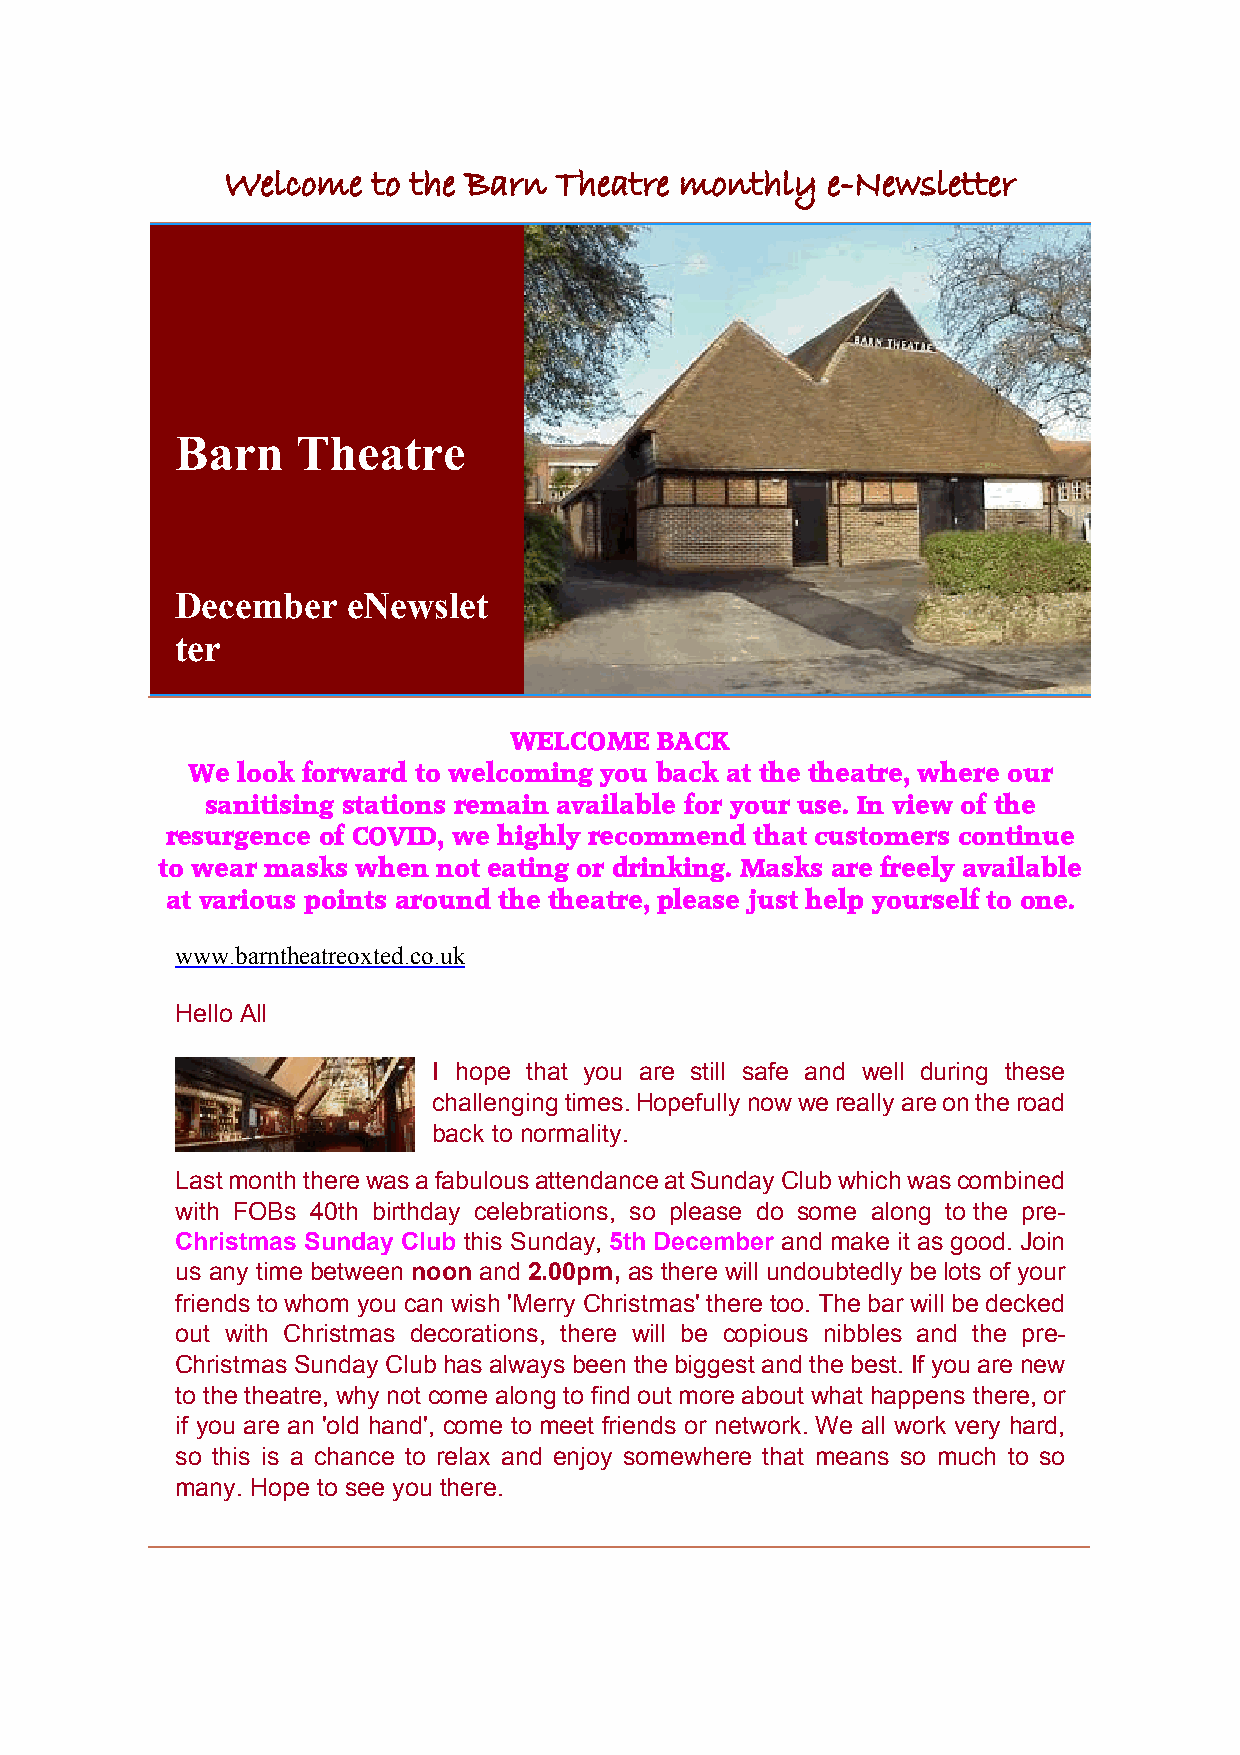
Welcome   to the Barn Theatre monthly   e-Newsletter
 Barn    Theatre
 December   eNewslet
 ter
 WELCOME  BACK
 We  look forward to welcoming you back at the theatre, where our
 sanitising stations remain available for your use. In view of the
 resurgence of COVID, we highly recommend that customers continue
 to wear masks when not eating or drinking. Masks are freely available
 at various points around the theatre, please just help yourself to one.
 www.barntheatreoxted.co.uk
 Hello All
 I hope that you are still safe and well during these
 challenging times. Hopefully now we really are on the road
 back to normality.
 Last month there was a fabulous attendance at Sunday Club which was combined
 with FOBs 40th birthday celebrations, so please do some along to the pre-
 Christmas Sunday Club this Sunday, 5th December and make it as good. Join
 us any time between noon and 2.00pm, as there will undoubtedly be lots of your
 friends to whom you can wish ’Merry Christmas’ there too. The bar will be decked
 out with Christmas decorations, there will be copious nibbles and the pre-
 Christmas Sunday Club has always been the biggest and the best. If you are new
 to the theatre, why not come along to find out more about what happens there, or
 if you are an ’old hand’, come to meet friends or network. We all work very hard,
 so this is a chance to relax and enjoy somewhere that means so much to so
 many. Hope to see you there.